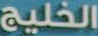
الخليج